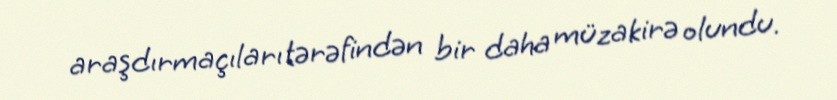
araşdırmaçıları tərəfindən bir daha müzakirə olundu.